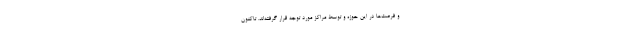
و فرصت‌ها در این حوزه و توسط مراکز مورد توجه قرار گرفته‌اند. تاکنون